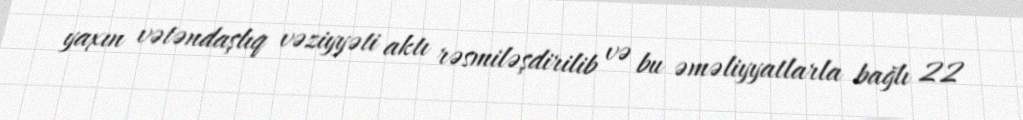
yaxın vətəndaşlıq vəziyyəti aktı rəsmiləşdirilib və bu əməliyyatlarla bağlı 22